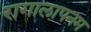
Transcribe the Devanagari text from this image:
रागालापनम